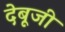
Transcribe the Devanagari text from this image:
देबूजी